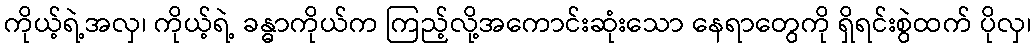
ကိုယ့်ရဲ့အလှ၊ ကိုယ့်ရဲ့ ခန္ဓာကိုယ်က ကြည့်လို့အကောင်းဆုံးသော နေရာတွေကို ရှိရင်းစွဲထက် ပိုလှ၊